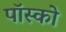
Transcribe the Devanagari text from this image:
पॉस्को